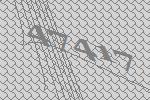
47417